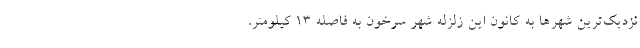
نزدیک‌ترین‌ شهرها به‌ کانون این زلزله شهر سرخون‌ به فاصله ۱۳ کیلومتر،